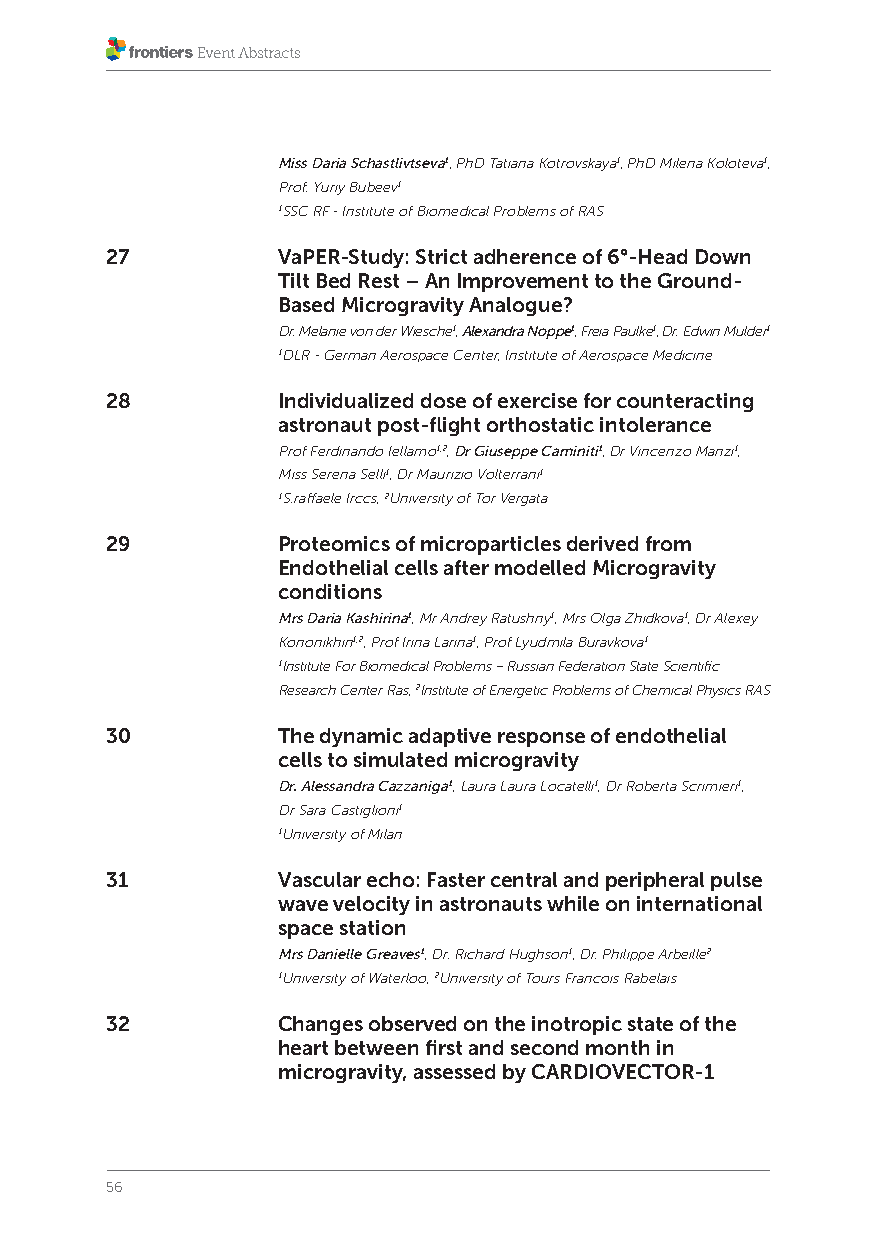
Miss Daria Schastlivtseva1, PhD Tatiana Kotrovskaya1, PhD Milena Koloteva1,
 Prof. Yuriy Bubeev1
 1SSC RF - Institute of Biomedical Problems of RAS
 27         VaPER-Study: Strict adherence of 6°-Head Down
 Tilt Bed Rest – An Improvement to the Ground-
 Based Microgravity Analogue?
 Dr. Melanie von der Wiesche1, Alexandra Noppe1, Freia Paulke1, Dr. Edwin Mulder1
 1DLR - German Aerospace Center, Institute of Aerospace Medicine
 28         Individualized dose of exercise for counteracting
 astronaut post-flight orthostatic intolerance
 Prof Ferdinando Iellamo1,2, Dr Giuseppe Caminiti1, Dr Vincenzo Manzi1,
 Miss Serena Selli1, Dr Maurizio Volterrani1
 1S.raffaele Irccs, 2University of Tor Vergata
 29         Proteomics of microparticles derived from
 Endothelial cells after modelled Microgravity
 conditions
 Mrs Daria Kashirina1, Mr Andrey Ratushny1, Mrs Olga Zhidkova1, Dr Alexey
 Kononikhin1,2, Prof Irina Larina1, Prof Lyudmila Buravkova1
 1Institute For Biomedical Problems – Russian Federation State Scientific
 Research Center Ras, 2Institute of Energetic Problems of Chemical Physics RAS
 30         The dynamic adaptive response of endothelial
 cells to simulated microgravity
 Dr. Alessandra Cazzaniga1, Laura Laura Locatelli1, Dr Roberta Scrimieri1,
 Dr Sara Castiglioni1
 1University of Milan
 31         Vascular echo: Faster central and peripheral pulse
 wave velocity in astronauts while on international
 space station
 Mrs Danielle Greaves1, Dr. Richard Hughson1, Dr. Philippe Arbeille2
 1University of Waterloo, 2University of Tours Francois Rabelais
 32         Changes observed on the inotropic state of the
 heart between first and second month in
 microgravity, assessed by CARDIOVECTOR-1
 56